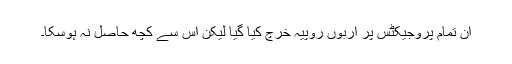
ان تمام پروجیکٹس پر اربوں روپیہ خرچ کیا گیا لیکن اس سے کچھ حاصل نہ ہوسکا۔